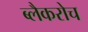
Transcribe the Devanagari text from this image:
ब्लैकरोच